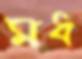
মধ